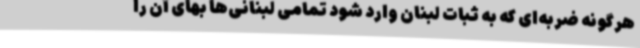
هرگونه ضربه‌ای که به ثبات لبنان وارد شود تمامی لبنانی‌ها بهای آن را